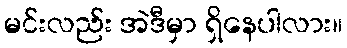
မင်းလည်း အဲဒီမှာ ရှိနေပါလား။